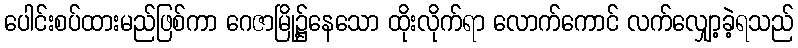
ပေါင်းစပ်ထားမည်ဖြစ်ကာ ဂေဇာမြို့၌နေသော ထိုးလိုက်ရာ လောက်ကောင် လက်လျှော့ခဲ့ရသည်